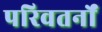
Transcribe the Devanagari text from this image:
परिवतर्नों